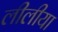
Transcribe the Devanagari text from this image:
लीलीया